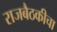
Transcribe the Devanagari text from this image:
राजबैठकीचा